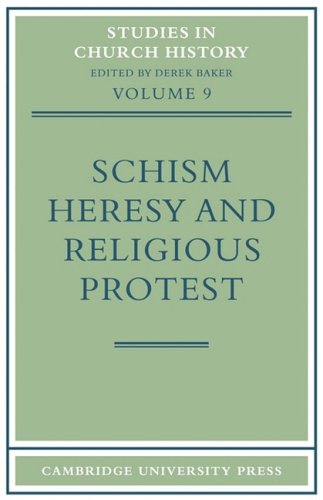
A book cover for Schism, Heresy and Religious Protest (Studies in Church History); Derek Baker; Religion & Spirituality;